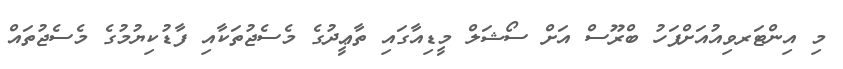
މި އިންޓަރވިއުއަށްފަހު ބްރޫސް އަށް ސޯޝަލް މީޑިއާގައި ތާޢީދުގެ މެސެޖުތަކާއި ފާޑުކިޔުމުގެ މެސެޖުތައް